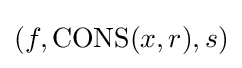
(f,\operatorname {CONS} (x,r),s)